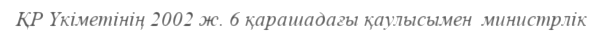
ҚР Үкіметінің 2002 ж. 6 қарашадағы қаулысымен  министрлік